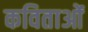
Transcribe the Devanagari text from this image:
कविताओंं